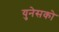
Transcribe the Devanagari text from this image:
युनेसको